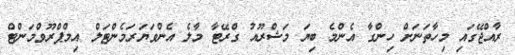
ރާއްޖޭގައި މިހާތަނަށް ހިންގާ އެންމެ ބިޔަ މަޝްރޫއު ގްރޭޓާ މާލެ އެންވަޔަރަމެންޓަލް އިމްޕްރޫވްމަންޓް